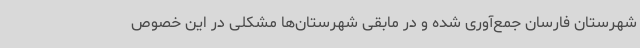
شهرستان فارسان جمع‌آوری شده و در مابقی شهرستان‌ها مشکلی در این خصوص